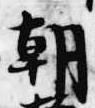
朝